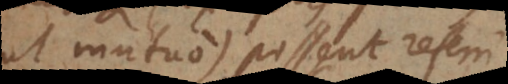
ut mutuo) possent referri